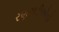
રણગાડીઓએ